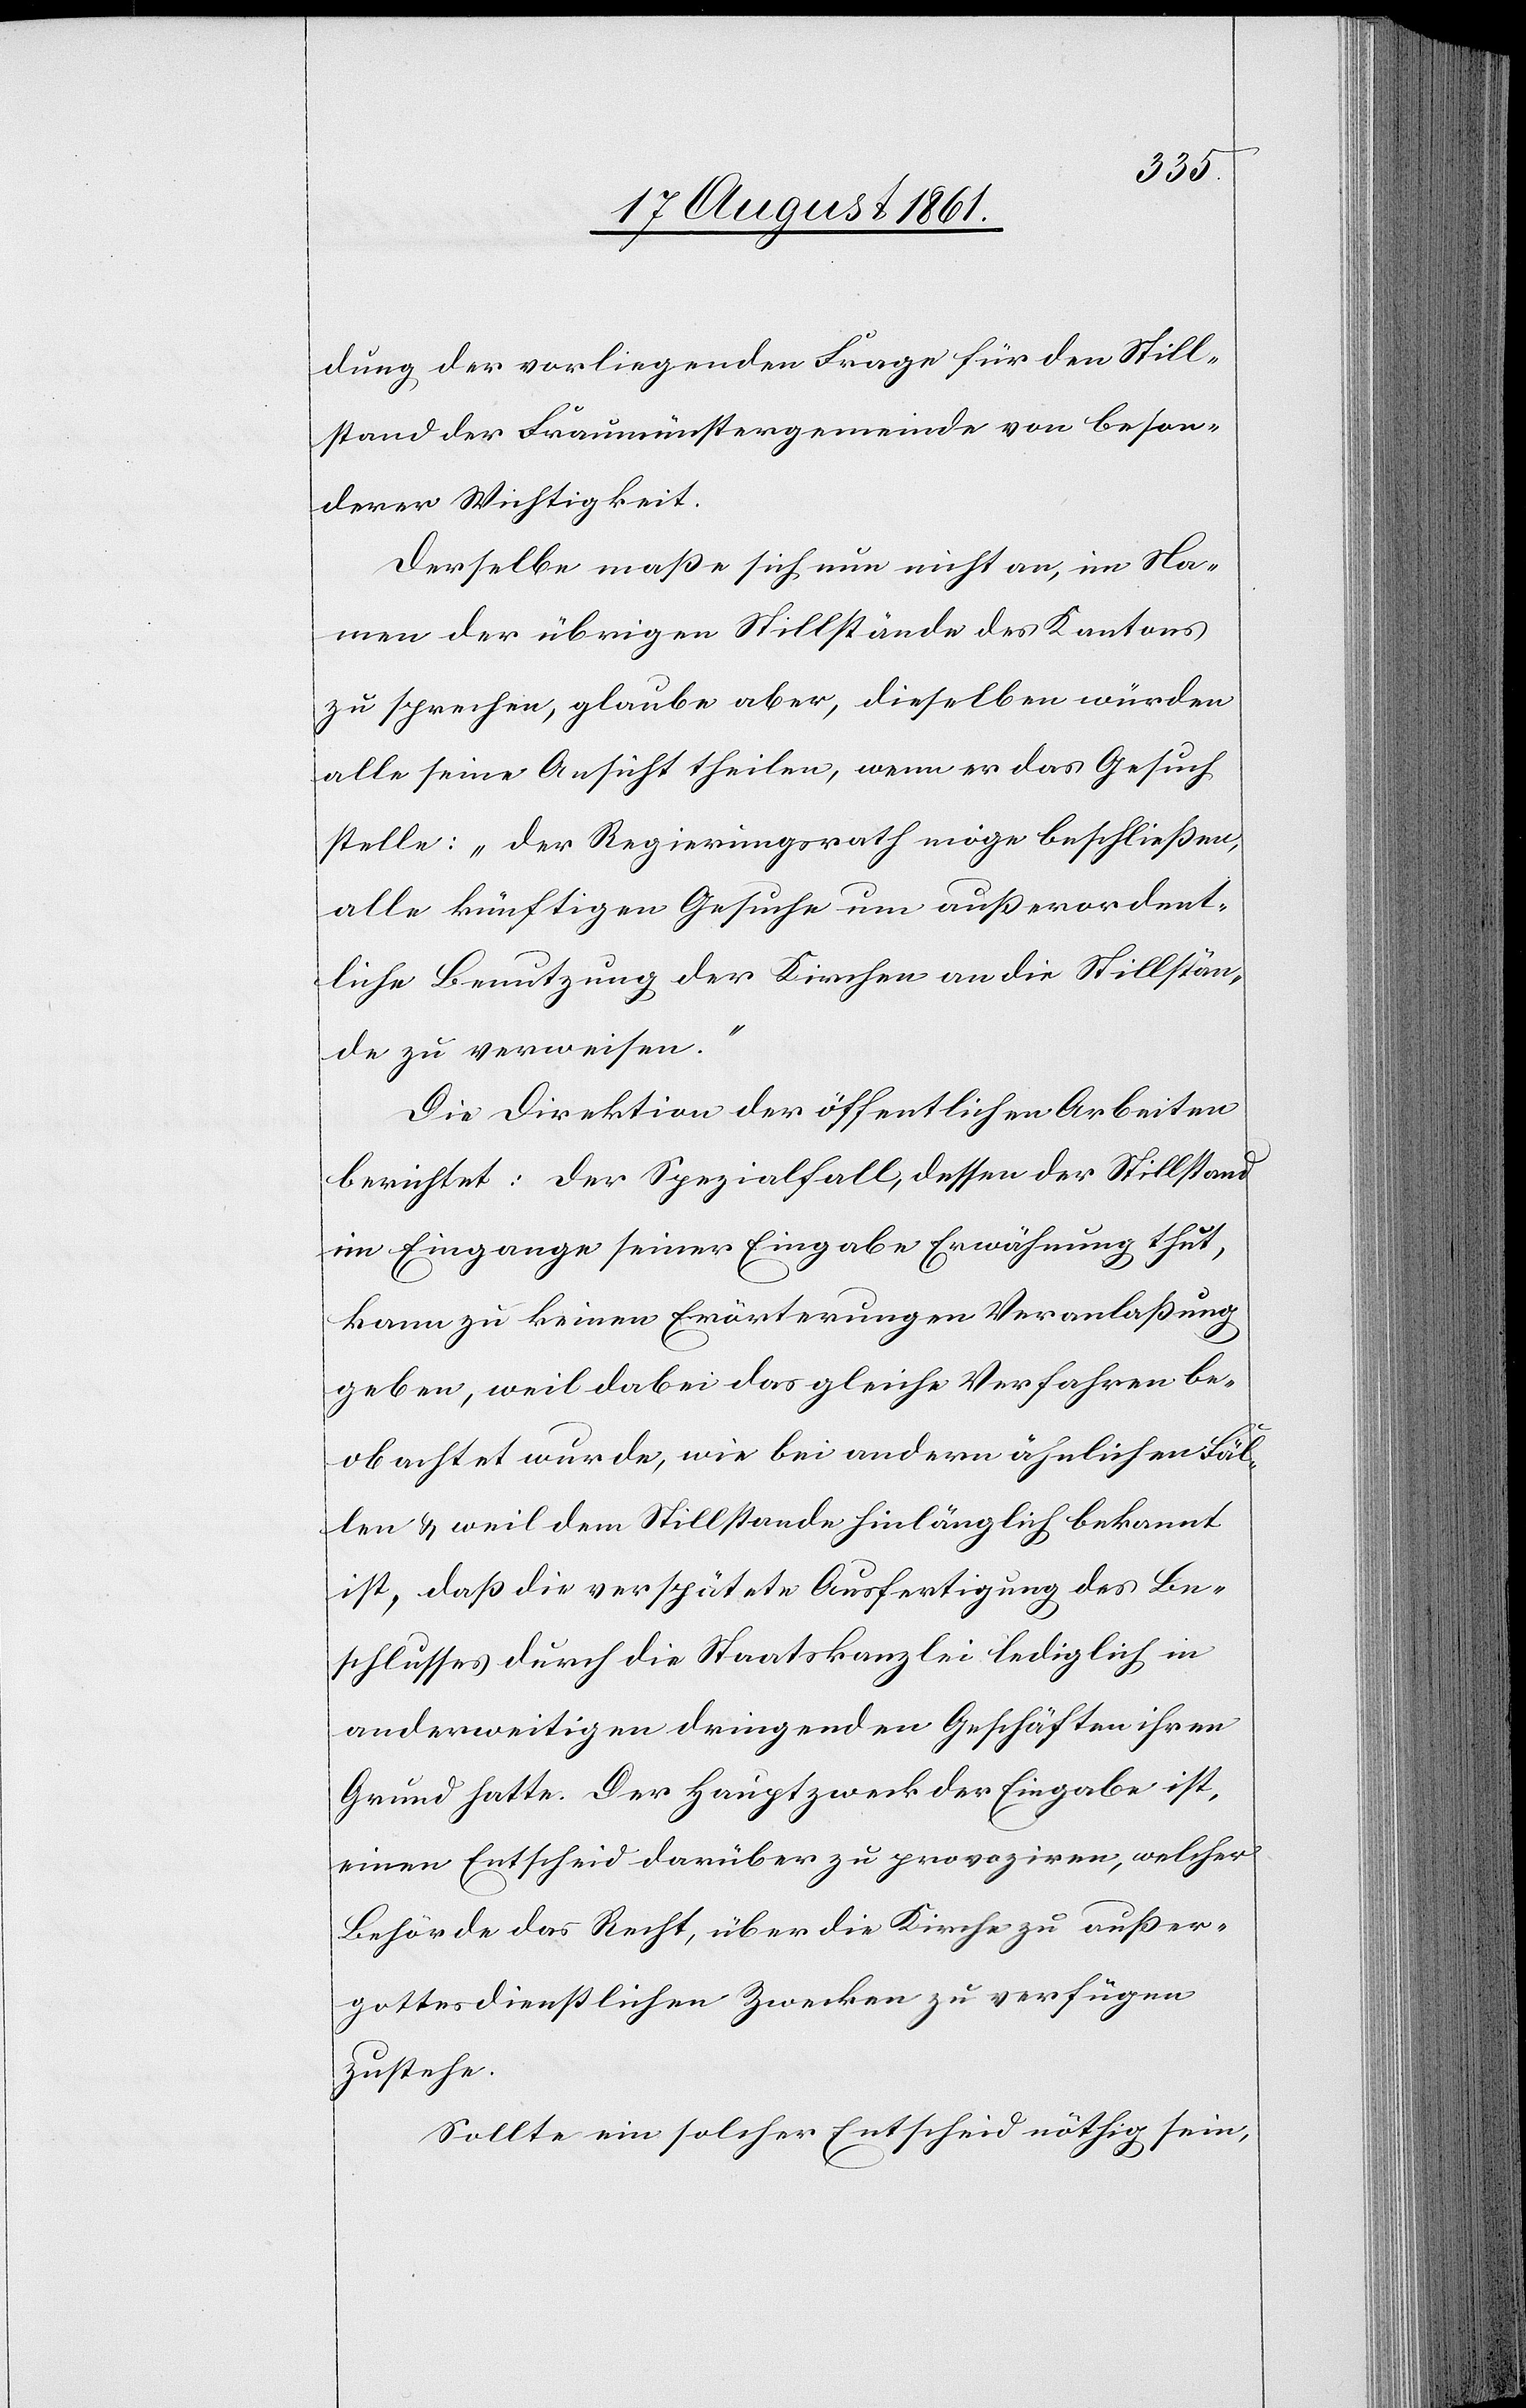
dung der vorliegenden Frage für den Still¬
stand der Fraumünstergemeinde von beson¬
derer Wichtigkeit.
Derselbe maße sich nun nicht an, im Na¬
men der übrigen Stillstände des Kantons
zu sprechen, glaube aber, dieselben würden
alle seine Ansicht theilen, wenn er das Gesuch
stelle: „Der Regierungsrath möge beschließen,
alle künftigen Gesuche um außerordent¬
liche Benutzung der Kirchen an die Stillstän¬
de zu verweisen.“
Die Direktion der öffentlichen Arbeiten
berichtet: Der Spezialfall, dessen der Stillstand
im Eingange seiner Eingabe Erwähnung thut,
kann zu keinen Erörterungen Veranlaßung
geben, weil dabei das gleiche Verfahren be¬
obachtet wurde, wie bei andern ähnlichen Fäl¬
len u. weil dem Stillstande hinlänglich bekannt
ist, daß die verspätete Ausfertigung des Be¬
schlusses durch die Staatskanzlei lediglich in
anderweitigen dringenden Geschäften ihren
Grund hatte. Der Hauptzweck der Eingabe ist,
einen Entscheid darüber zu provoziren, welcher
Behörde das Recht, über die Kirche zu außer¬
gottesdienstlichen Zwecken zu verfügen
zustehe.
Sollte ein solcher Entscheid nöthig sein,